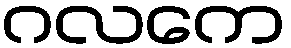
ဂလကေ